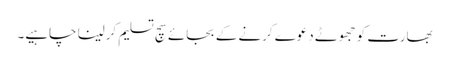
بھارت کو جھوٹے دعوے کرنے کے بجائے سچ تسلیم کرلینا چاہیے۔